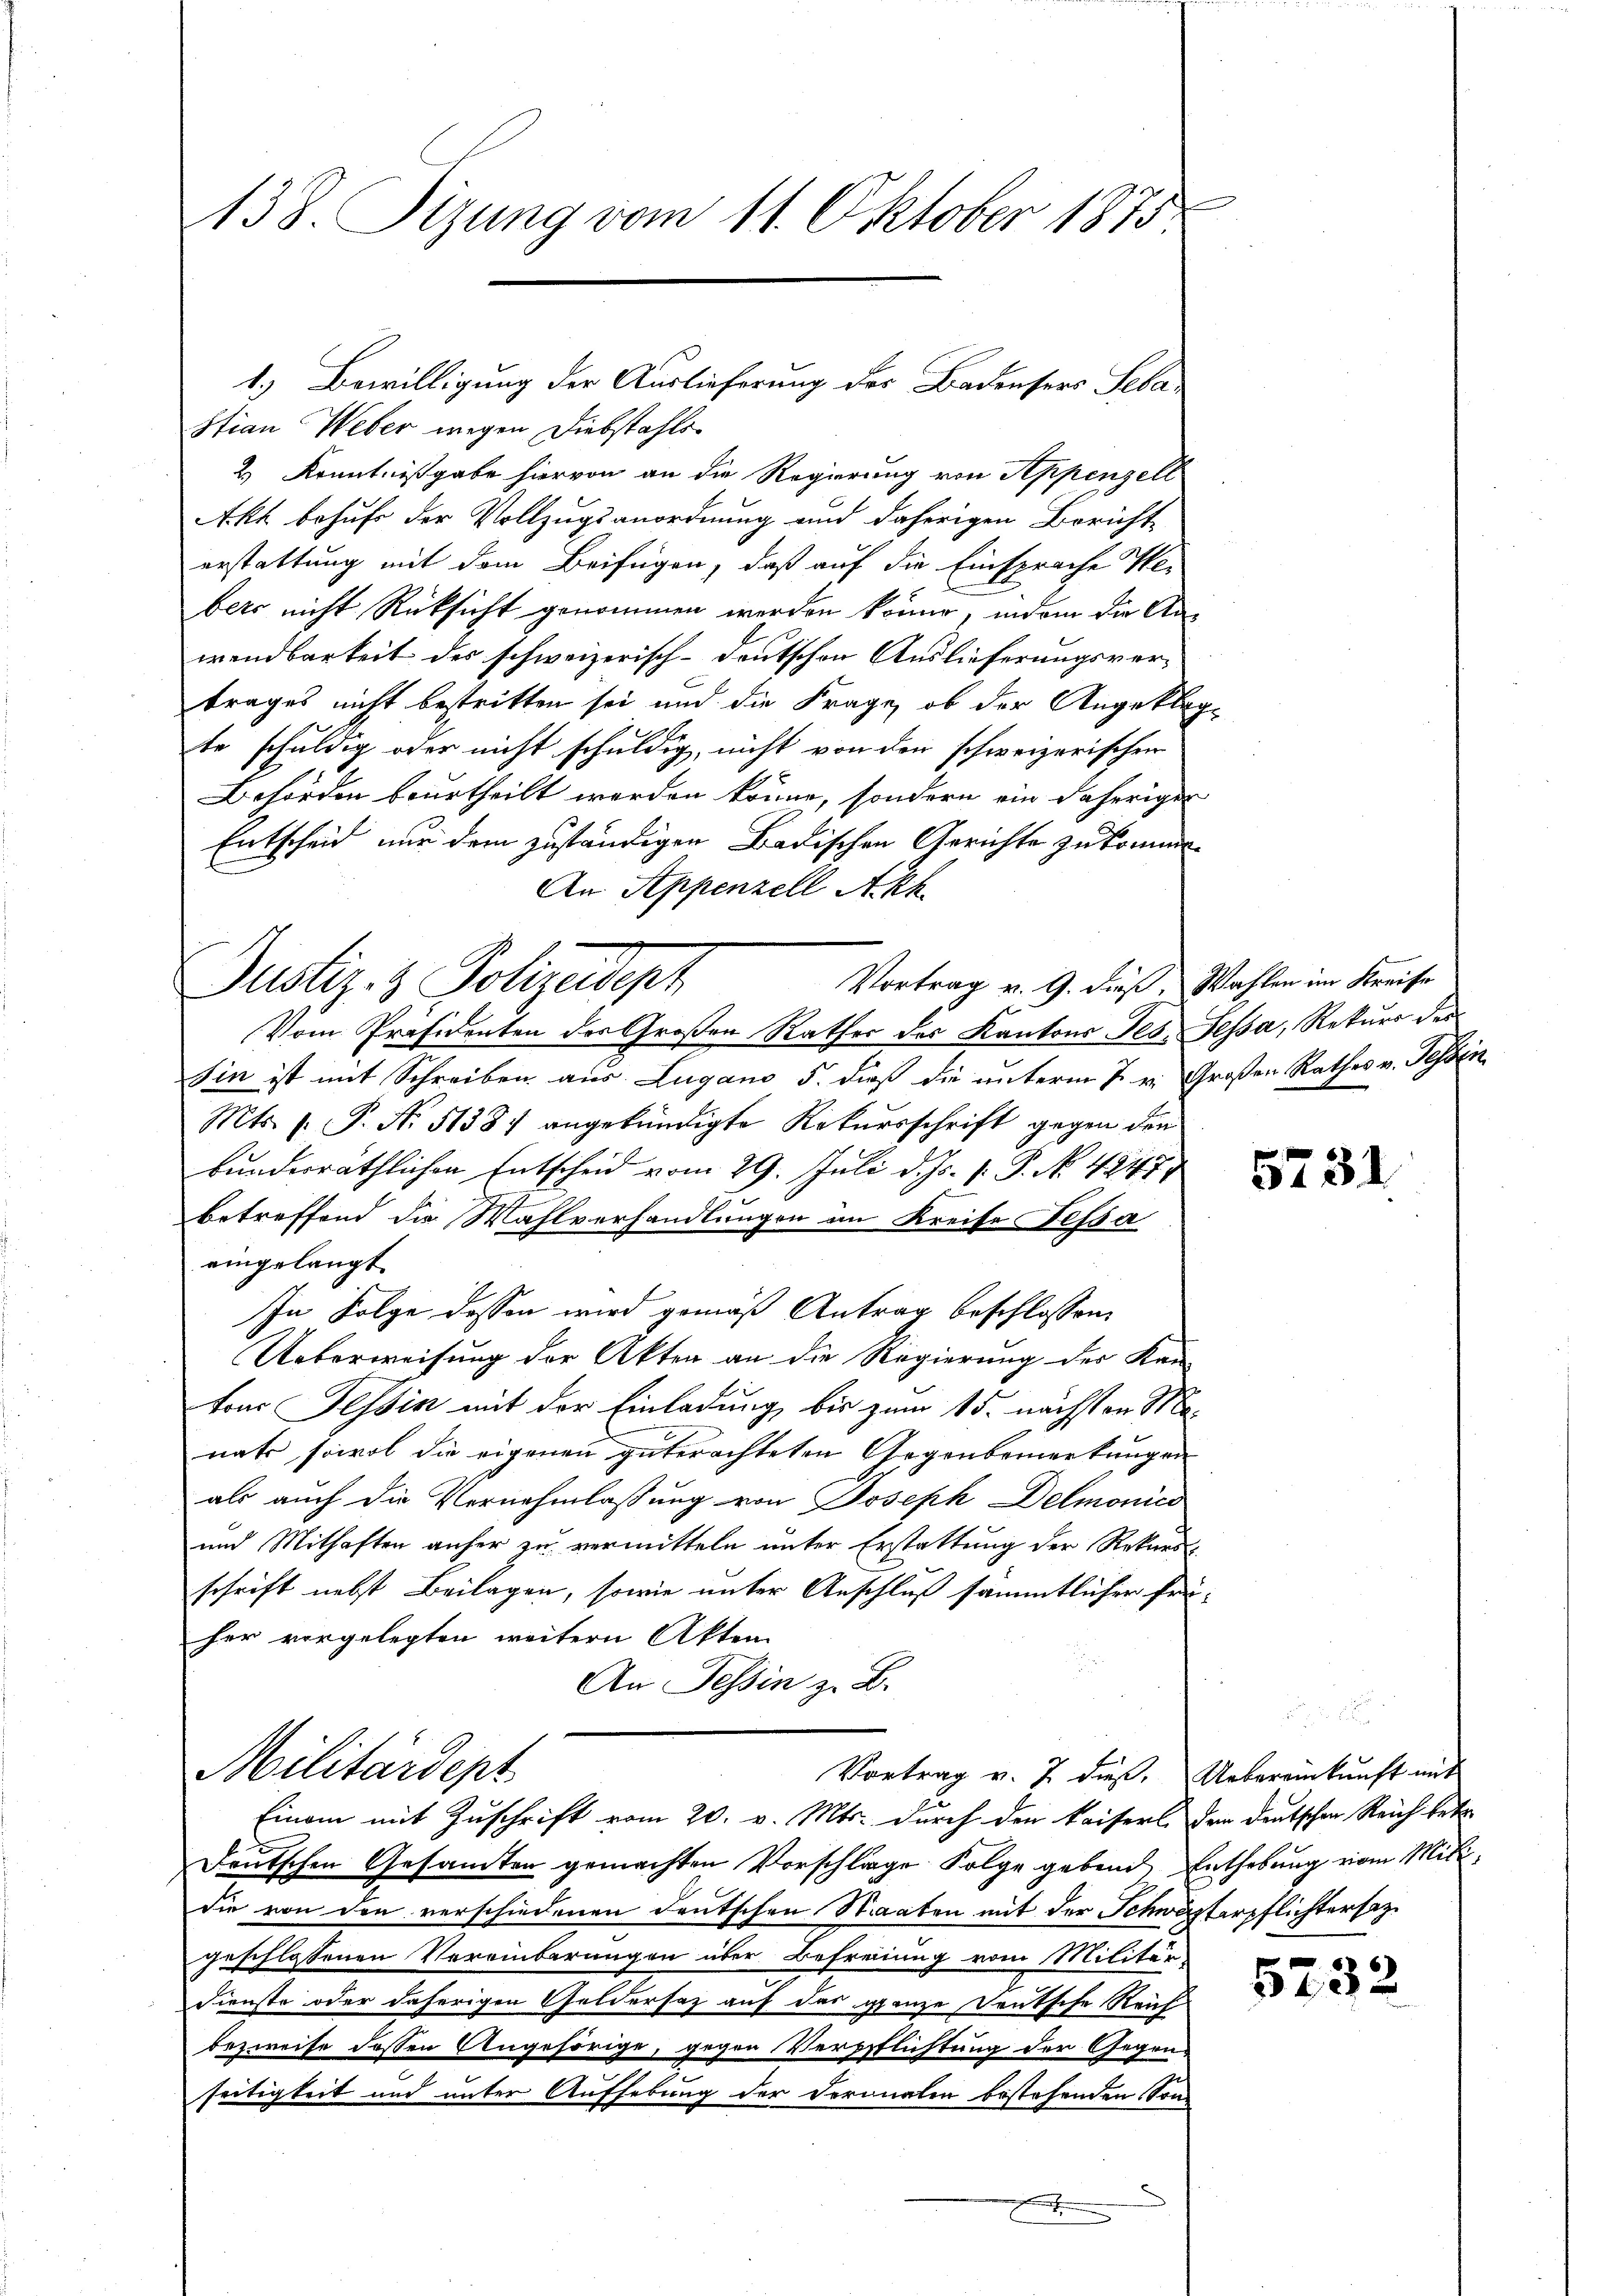
138. Sizung vom 11. Oktober 1875.

Stian Weber wegen Diebstahls
2.) Kenntnißgabe hiervon an die Regierung von Appenzell
Akt behufs der Vollzugsanordnung und daherigen Bericht-
erstattung mit dem Beifügen, daß auf die Einsprache Webers nicht Rücksicht genommen werden könne, indem die Anwendbarkeit des schweizerisch-deutschen Auslieferungsvertrages nicht bestritten sei und die Frage, ob der Angeklagte schuldig oder nicht schuldig, nicht von den schweizerischen
Behörden beurtheilt werden könne, sondern ein daherigen
Entscheid nur dem zuständigen Badischen Gerichte zukomme
An Appenzell Akk
Vortrag v. 9. dieß, Wahlen im Kreise
Justiz- & Polizeidigt
Vom Präsidenten des Großen Rathes des Kantons Jes. Fessa, Rekurs des
Sin ist mit Schreiben aus Lugano 5. dieß die unterm 7. v. Großen Rathes v. Tessen
Mts. 1. P. Nr. 51387 angekündigte Rekursschrift gegen den
bunderräthlichen Entscheid vom 29. Juli d. Js. v. P. No 4247
2
betreffend die Wahlverhandlungen am Kreise Fessa
eingelangt
In Folge dessen wird gemäß Antrag beschlossen,
Ueberweisung der Akten an die Regierung der Kan-
tons Tessin mit der Einladung, bis zum 15. nächsten Manats, sowol die eigenen guterachteten Gegenbemerkungen
als auch die Vernehmlassung von Joseph Delmonico
und Mithaften anher zu vermitteln unter Erstattung der Rekursschrift nebst Beilagen, sowie unter Anschluß sämmtlicher Frei-
her vorgelegten weitern Akten
An Tessin z. B.
Militärdept
Vortrag v. 7 dieß. Uebereinkunft mit
Einem mit Zuschrift vom 20. v. Mts. durch den Kaiserl der deutschen Reich betr.
Deutschen Gesamten gemachten Vorschlage Folge gebend Enthebung vom Milidie von den verschiedenen deutschen Staaten mit der Schwärterpflichtersatzgeschlossenen Vereinbarungen über Befreiung vom Militär-
Dienste oder daherigen Geldersatz auf das ganze Deutsche Rauf
bezweife dessen Angehörige, gegen Verpflichtung der Gegenseitigkeit und unter Aufhebung der Doronalen bestehenden Son
.

1.) Bewilligung der Auslieferung des Badensers Seba¬

5731

5232